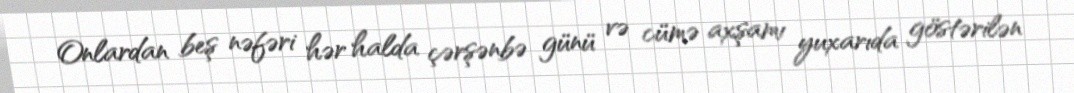
Onlardan beş nəfəri hər halda çərşənbə günü və cümə axşamı yuxarıda göstərilən